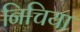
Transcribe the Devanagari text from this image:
निचिया